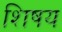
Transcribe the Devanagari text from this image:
शिषय